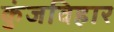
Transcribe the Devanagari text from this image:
कुंजविहार